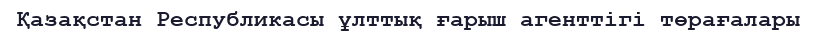
Қазақстан Республикасы ұлттық ғарыш агенттігі төрағалары